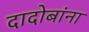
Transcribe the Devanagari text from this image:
दादोबांना